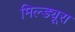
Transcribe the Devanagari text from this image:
मिल्ड्यूरा